Annual report of the Punjab Veterinary College and of the Civil Veterinary Department, Punjab - 1894-1908
Year: 1894
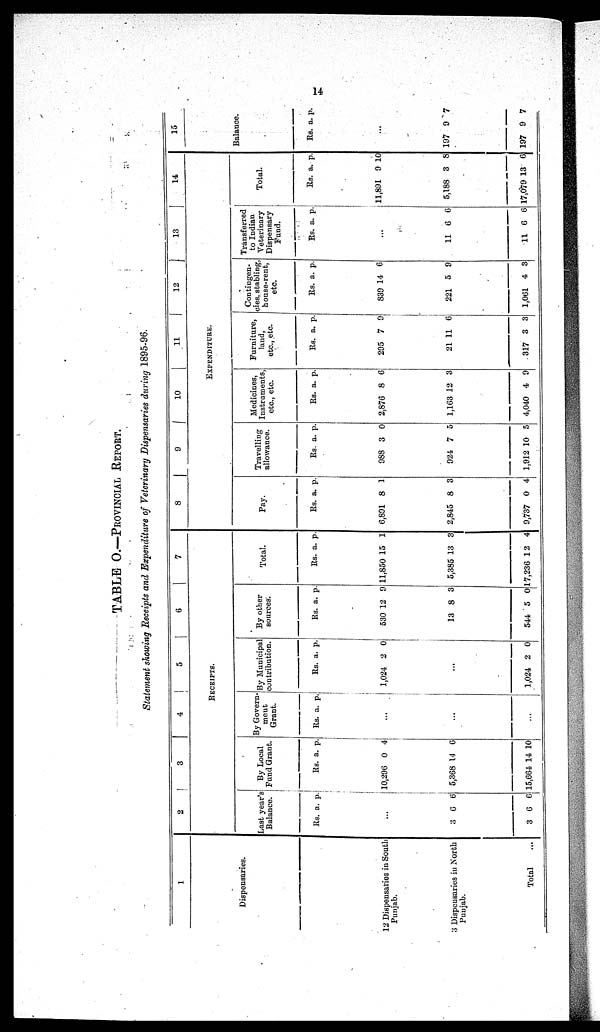
14
TABLE O.—PROVINCIAL REPORT.
Statement showing Receipts and Expenditure of Veterinary Dispensaries during 1895-96.
1
Dispensaries.
12 Dispensaries in South
Punjab.
3 Dispensaries in North
Punjab.
Total ...
2
3
4
5
6
7
RECEIPTS.
Last year's
Balance.
Rs. a. p.
...
3
3
6
6
6
6
By Local
Fund Grant.
Rs.
10,296
5,368
15,664
a.
0
14
14
p.
4
6
10
By Government
Grant.
Rs. a. p.
...
...
...
By Municipal
contribution.
Rs.
1,024
a.
2
p.
0
...
1,024 2 0
By other
sources.
Rs.
530
13
544
a.
12
8
5
p.
9
3
0
Total.
Rs.
11,850
5,385
17,236
a
15
13
12
p.
1
3
4
8
9
10
11
12
13
14
EXPENDITURE.
Pay.
Rs.
6,891
2,845
9,737
a.
8
8
0
p.
1
3
4
Travelling
allowance.
Rs
988
924
1,912
a.
3
7
10
p.
0
5
5
Medicines
Instruments,
etc., etc.
Rs.
2,876
1,163
4,040
a.
8
12
4
p.
6
3
9
Furniture,
land,
etc., etc.
Rs.
295
21
317
a.
7
11
3
p.
9
6
3
Contingen-
cies, stabling
house-rent
etc.
Rs.
839
221
1,061
a.
14
5
4
p.
6
9
3
Transferred
to Indian
Veterinary
Dispensary
Fund.
Rs. a. p.
...
11
11
6
6
6
6
Total.
Rs.
11,891
5,188
17,079
a.
9
3
13
p.
10
8
6
15
Balance.
Rs. a. p.
...
197
197
9
9
7
7